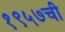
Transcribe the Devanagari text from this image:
१९५७ची